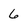
Character: 6